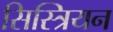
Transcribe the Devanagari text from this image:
सिस्त्रियन